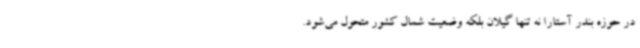
در حوزه بندر آستارا نه تنها گیلان بلکه وضعیت شمال کشور متحول می‌شود.